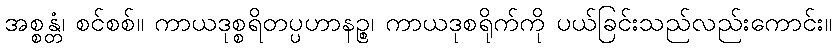
အစ္စန္တံ၊ စင်စစ်။ ကာယဒုစ္စရိတပ္ပဟာနဉ္စ၊ ကာယဒုစရိုက်ကို ပယ်ခြင်းသည်လည်းကောင်း။